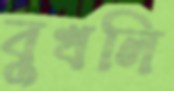
বুখলি